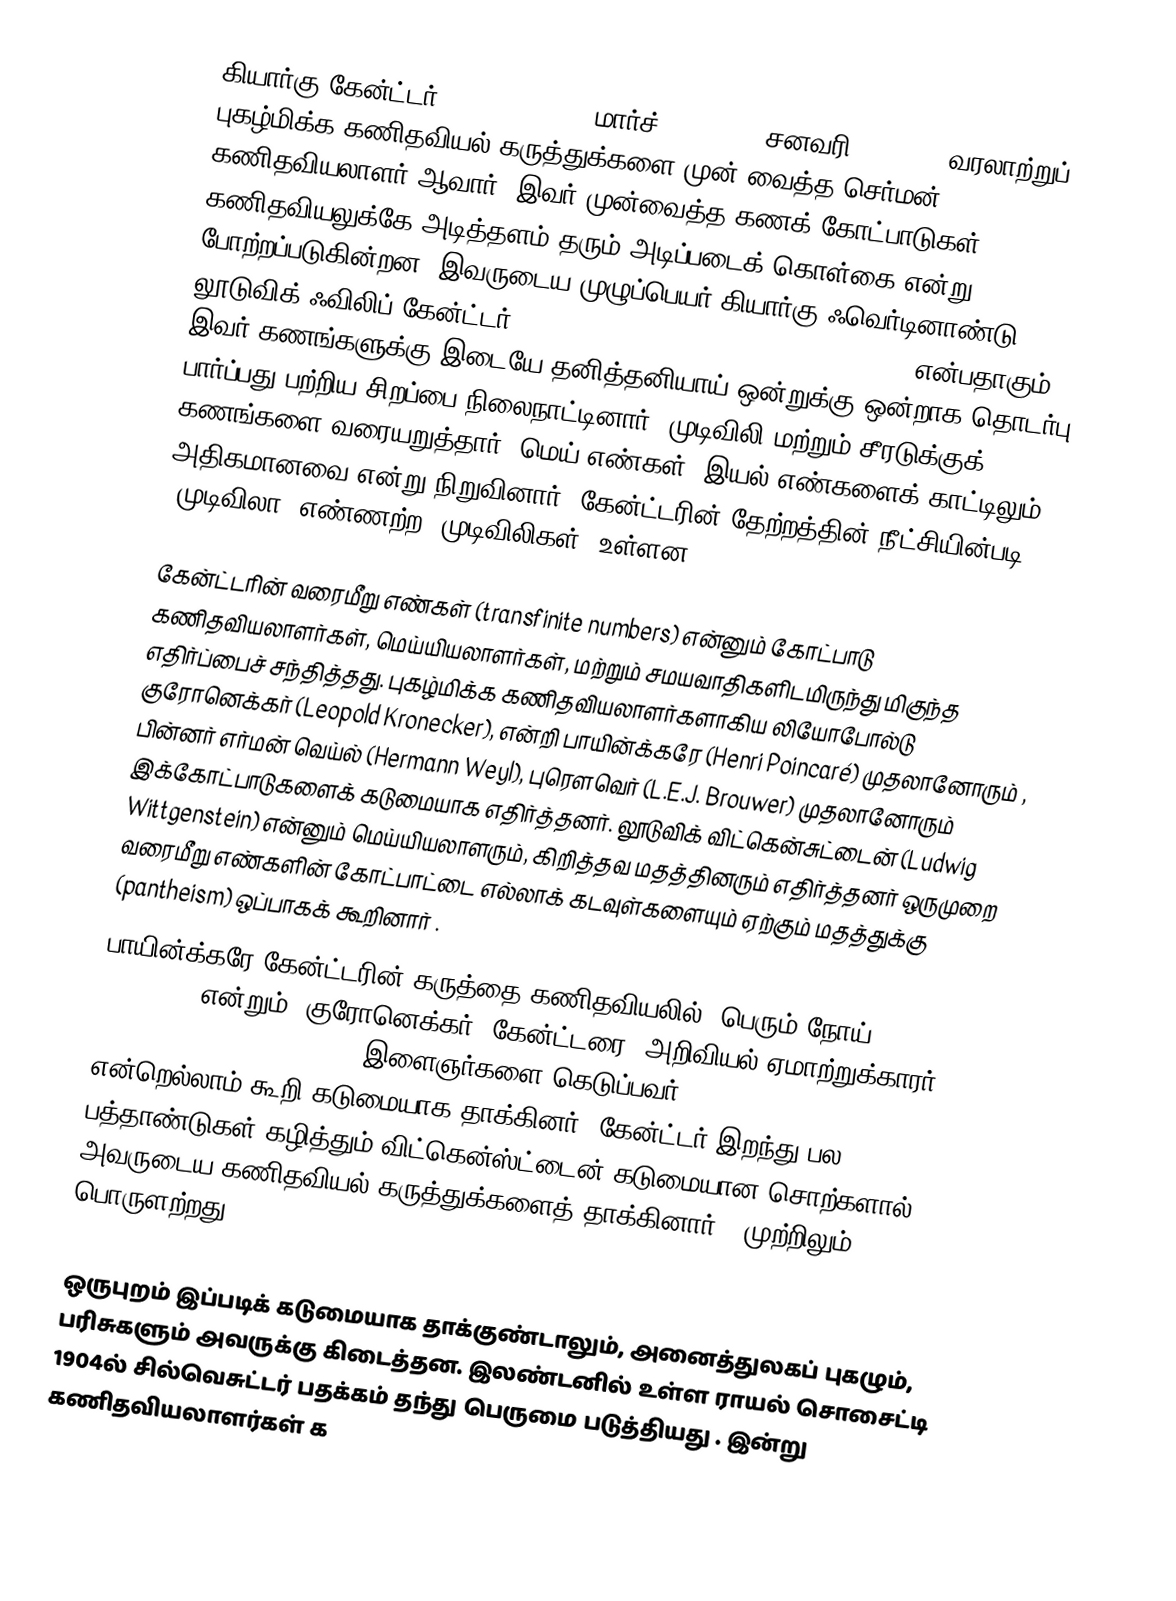
கியார்கு கேன்ட்டர் (Georg Cantor; மார்ச் 3, 1845 - சனவரி 6, 1918) வரலாற்றுப் புகழ்மிக்க கணிதவியல் கருத்துக்களை முன் வைத்த செர்மன் கணிதவியலாளர் ஆவார். இவர் முன்வைத்த கணக் கோட்பாடுகள் கணிதவியலுக்கே அடித்தளம் தரும் அடிப்படைக் கொள்கை என்று போற்றப்படுகின்றன. இவருடைய முழுப்பெயர் கியார்கு ஃவெர்டினாண்டு லூடுவிக் ஃவிலிப் கேன்ட்டர் (Georg Ferdinand Ludwig Philipp Cantor) என்பதாகும். இவர் கணங்களுக்கு இடையே தனித்தனியாய் ஒன்றுக்கு-ஒன்றாக தொடர்பு பார்ப்பது பற்றிய சிறப்பை நிலைநாட்டினார், முடிவிலி மற்றும் சீரடுக்குக் கணங்களை வரையறுத்தார், மெய் எண்கள், இயல் எண்களைக் காட்டிலும் அதிகமானவை என்று நிறுவினார். கேன்ட்டரின் தேற்றத்தின் நீட்சியின்படி "முடிவிலா (எண்ணற்ற) முடிவிலிகள்" உள்ளன.

கேன்ட்டரின் வரைமீறு எண்கள் (transfinite numbers) என்னும் கோட்பாடு கணிதவியலாளர்கள், மெய்யியலாளர்கள், மற்றும் சமயவாதிகளிடமிருந்து மிகுந்த எதிர்ப்பைச் சந்தித்தது. புகழ்மிக்க கணிதவியலாளர்களாகிய லியோபோல்டு குரோனெக்கர் (Leopold Kronecker), என்றி பாயின்க்கரே (Henri Poincaré) முதலானோரும் , பின்னர் எர்மன் வெய்ல் (Hermann Weyl), புரௌவெர் (L.E.J. Brouwer) முதலானோரும் இக்கோட்பாடுகளைக் கடுமையாக எதிர்த்தனர். லூடுவிக் விட்கென்சுட்டைன் (Ludwig Wittgenstein) என்னும் மெய்யியலாளரும், கிறித்தவ மதத்தினரும் எதிர்த்தனர்  ஒருமுறை வரைமீறு எண்களின் கோட்பாட்டை எல்லாக் கடவுள்களையும் ஏற்கும் மதத்துக்கு (pantheism) ஒப்பாகக் கூறினார் .
பாயின்க்கரே கேன்ட்டரின் கருத்தை கணிதவியலில் "பெரும் நோய்" ("grave disease") என்றும், குரோனெக்கர், கேன்ட்டரை "அறிவியல் ஏமாற்றுக்காரர்" ("scientific charlatan"), "இளைஞர்களை கெடுப்பவர்" ("corrupter of youth.") என்றெல்லாம் கூறி கடுமையாக தாக்கினர். கேன்ட்டர் இறந்து பல பத்தாண்டுகள் கழித்தும் விட்கென்ஸ்ட்டைன் கடுமையான சொற்களால் அவருடைய கணிதவியல் கருத்துக்களைத் தாக்கினார் ("முற்றிலும் பொருளற்றது", "ridden through and through with the pernicious idioms of set theory," , "utter nonsense", "laughable" and "wrong".)

ஒருபுறம் இப்படிக் கடுமையாக தாக்குண்டாலும், அனைத்துலகப் புகழும், பரிசுகளும் அவருக்கு கிடைத்தன. இலண்டனில் உள்ள ராயல் சொசைட்டி 1904ல் சில்வெசுட்டர் பதக்கம் தந்து பெருமை படுத்தியது . இன்று கணிதவியலாளர்கள் க